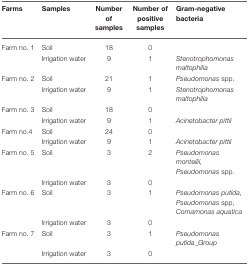
| Farms | Samples | Number of samples | Number of positive samples | Gram-negative bacteria |
 | --- | --- | --- | --- | --- |
 | Farm no. 1 | Soil | 18 | 0 |  |
 |  | Irrigation water | 9 | 1 | Stenotrophomonas maltophilia |
 | Farm no. 2 | Soil | 21 | 1 | Pseudomonas spp. |
 |  | Irrigation water | 9 | 1 | Stenotrophomonas maltophilia |
 | Farm no. 3 | Soil | 18 | 0 |  |
 |  | Irrigation water | 9 | 1 | Acinetobacter pittii |
 | Farm no.4 | Soil | 24 | 0 |  |
 |  | Irrigation water | 9 | 1 | Acinetobacter pittii |
 | Farm no. 5 | Soil | 3 | 2 | Pseudomonas monteilii, Pseudomonas spp. |
 |  | Irrigation water | 3 | 0 |  |
 | Farm no. 6 | Soil | 3 | 1 | Pseudomonas putida, Pseudomonas spp, Comamonas aquatica |
 |  | Irrigation water | 3 | 0 |  |
 | Farm no. 7 | Soil | 3 | 1 | Pseudomonas putida_Group |
 |  | Irrigation water | 3 | 0 |  |